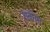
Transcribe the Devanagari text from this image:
शकीन